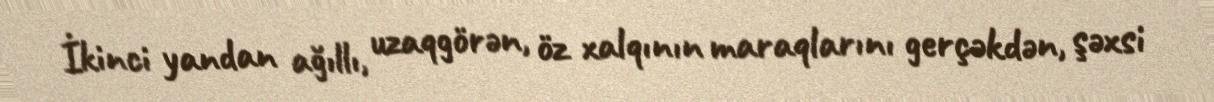
İkinci yandan ağıllı, uzaqgörən, öz xalqının maraqlarını gerçəkdən, şəxsi